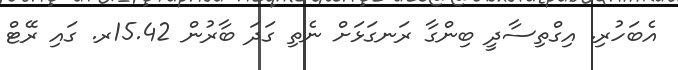
އެބަހުރި. އިގްތިސާދީ ބިންގާ ރަނގަޅަށް ނެތި ގަދަ ބާރުން 15.42ރ. ގައި ރޭޓް